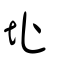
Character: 址